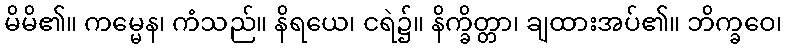
မိမိ၏။ ကမ္မေန၊ ကံသည်။ နိရယေ၊ ငရဲ၌။ နိက္ခိတ္တာ၊ ချထားအပ်၏။ ဘိက္ခဝေ၊